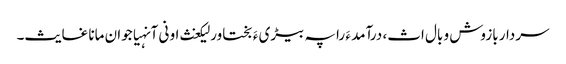
سردار بازوش و بال اث، درآمد ءَ را پہ بیڑی ءَ بختاور لیکغث او نی آنہیاجوان مانا غایث۔